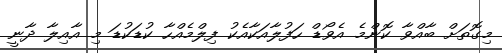
މިގޮތަށް ބާއްވާ ކޮންމެ އެވޯޑް ހަފުލާއަކާއެކު ފިލްމެއްހާ ކުޑަކުޑަ މި އާއިލާ ދާނީ